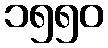
၁၅၅၀